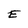
Character: E